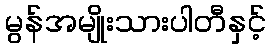
မွန်အမျိုးသားပါတီနှင့်